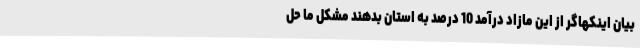
بیان اینکهاگر از این مازاد درآمد 10 درصد به استان بدهند مشکل ما حل